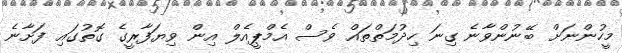
މީހުންނަށް ބޭނުންވާނެ ގިނަ ހިދުމަތްތައް ވެސް އެމްޕީއެލް އިން ވިޔަފާރީގެ ގޮތުގައި ފަށާނެ